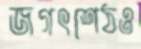
জগৎশেঠও